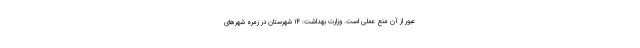
عبور از آن منع عملی است. وزارت بهداشت: ۱۴ شهرستان در زمره شهرهای